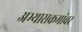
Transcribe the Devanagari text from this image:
अभ्यासक्रमांवर